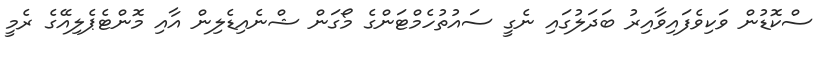
ސްކޮޑުން ވަކިވެފައިވާއިރު ބަދަލުގައި ނެގީ ސައުތުހެމްޓަންގެ މޯގަން ޝްނެއިޑެލިން އާއި މޮންޓެޕެލިއޭގެ ރެމީ